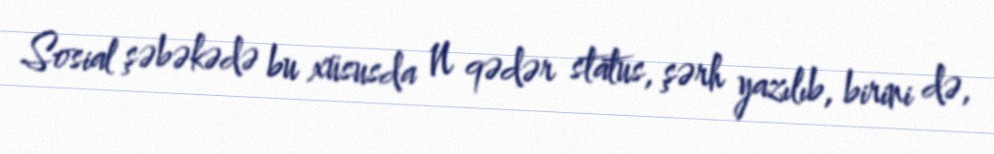
Sosial şəbəkədə bu xüsusda N qədər status, şərh yazılıb, birini də,